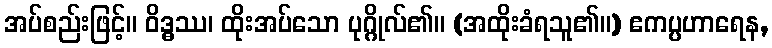
အပ်စည်းဖြင့်။ ဝိဒ္ဓဿ၊ ထိုးအပ်သော ပုဂ္ဂိုလ်၏။ (အထိုးခံရသူ၏။) ဧကပ္ပဟာရေန,